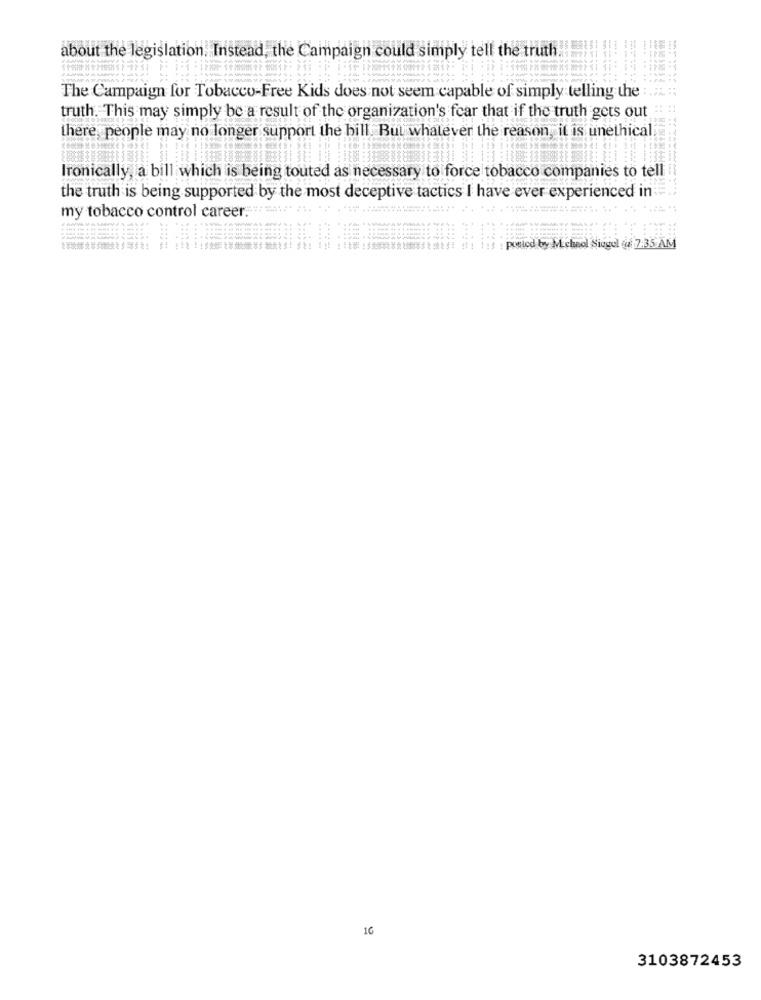
about the legislation. Instead, the Campaign could simply tell the truth.
The Campaign for Tobacco-Free Kids does not seem capable of simply telling the
truth. This may simply be a result of the organization's fear that if the truth gets out
there, people may no longer support the bill But whatever the reason, it is unethical
Ironically, a bill which is being touted as necessary to force tobacco companies to tell
the truth is being supported by the most deceptive tactics I have ever experienced in
my tobacco control career.
: posted by Michno Sicgul u 7.35 AM
16
3103872453